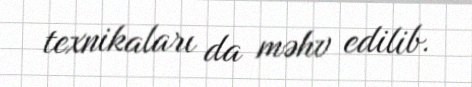
texnikaları da məhv edilib.